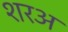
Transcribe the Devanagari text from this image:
शरअ